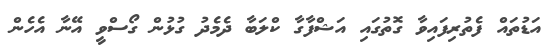
އަޑުތައް ފެތުރިފައިވާ ގޮތުގައި އަޝްފާގާ ކްލަބާ ދެމެދު ގުޅުން ގޯސްވީ އޭނާ އެހެން